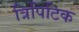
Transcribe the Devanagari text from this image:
त्रिपिटिक